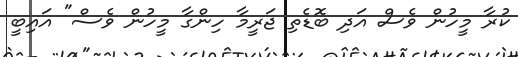
ކުރާ މީހުން ވެސް އަދި ބޮޑެތި ޖަރީމާ ހިންގާ މީހުން ވެސް" އައިބީ